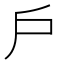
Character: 戶